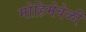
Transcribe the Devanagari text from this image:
मोहिमेवेळी